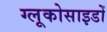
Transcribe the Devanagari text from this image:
ग्लूकोसाइडों